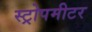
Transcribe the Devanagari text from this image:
स्ट्रोपमीटर